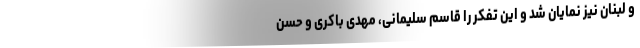
و لبنان نیز نمایان شد و این تفکر را قاسم سلیمانی، مهدی باکری و حسن